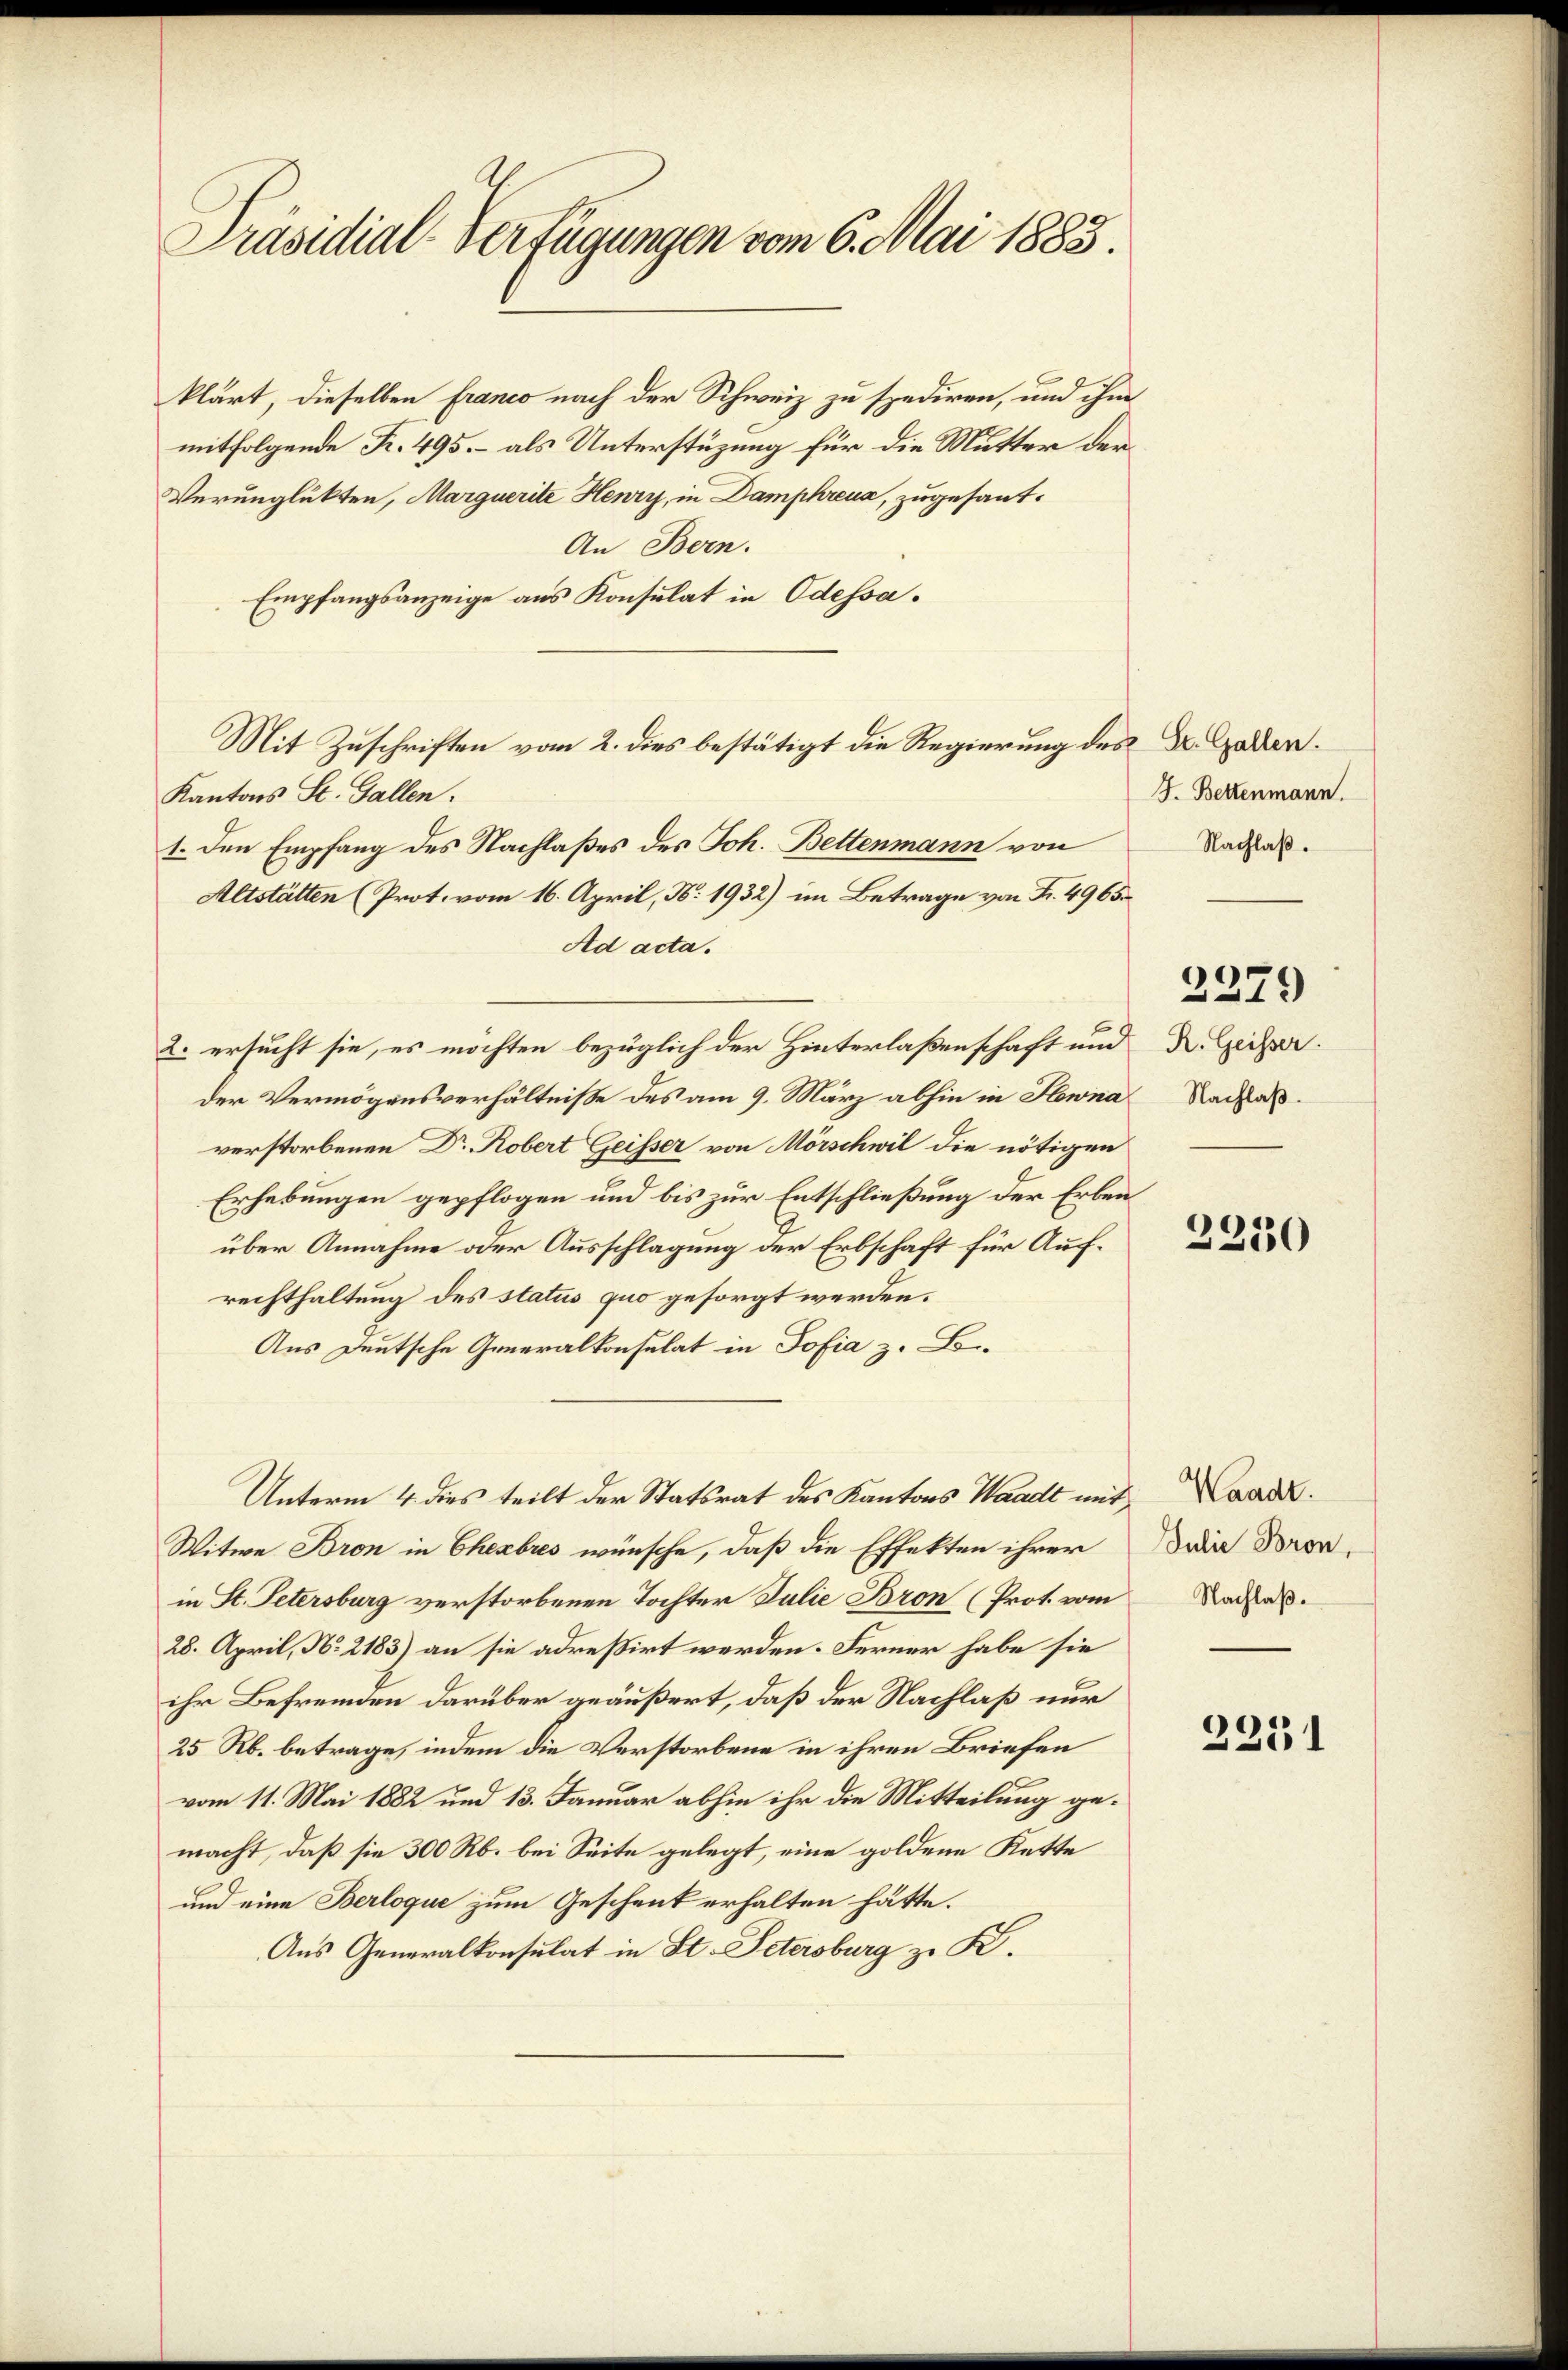
Präsidial-Verfügungen vom 6. Mai 1885.

klärt, dieselben franco nach der Schweiz zu spediren, und ihm
mitfolgende K. 495. – als Unterstüzung für die Mutter der
Verunglükten, Marquerite Henry, in Damphreua, zugesant¬
An Bern.
Empfangsanzeige aus Konsulat in Odessa.
Kantons St. Gallen.
1. den Empfang des Nachlaßes des Joh. Bettenmann von
Altstätten (Prot. vom 16. April, N. 1932) im Betrage von Fr. 4965.
Ad acta.
2. ersucht sie, es möchten bezüglich der Hinterlaßenschaft und
der Vermögensverhältnisse des am 9. März abhin in Hewna
verstorbenen Dr Robert Geisser von Mörschwil die nötigen
Erhebungen gepflogen und bis zur Entschließung der Erben
über Annahme oder Ausschlagung der Erbschaft für Aufrechthaltung des status quo gesorgt werden.
Aus Deutsche Generalkonsulat in Sofia z. B.
Unterm 4. dies teilt der Statsrat des Kantons Waadt mit
Witwe Bron in Ehebres wünsche, daß die Effekten ihrer
in St. Petersburg verstorbenen Tochter Julie Bron (Prot. vom Nacha
28. April, No 2183) an sie adreßirt werden. Ferner habe sie
ihr Befremden darüber geäußert, daß der Nachlaß nur
25 Rb. betrage, indem die Verstorbene in ihren Briefen
vom 11. Mai 1882 und 13. Januar abhin ihr die Mitteilung gemacht, daß sie 300 Rb. bei Seite gelegt, eine goldene Kette
und eine Berloque zum Geschenk erhalten hätte.
Aus Generalkonsulat in St. Petersburg zu B.

Mit Zuschriften vom 2. dies bestätigt die Regierung des Dr. Gaden.

J. Bettenmann.
Nachlaß.

R. Geisser.
Nachlaß.

2279

2250

Waadt.
Julie Bron,

2251